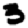
Digit: 3